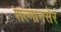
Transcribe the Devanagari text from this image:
शल्मानसेर